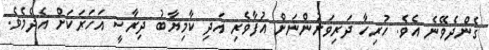
ގެންދެވޭނެ އެވެ. ހުރިހާ ދަރިވަރުންނަށް އުފާވެރި އަދި ކާމިޔާބު ދިރާާސީ އަހަރަކަށް އެދެމެވެ.